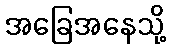
အခြေအနေသို့